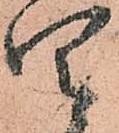
四